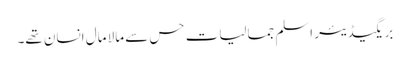
بریگیڈیئر اسلم جمالیات حس سے مالا مال انسان تھے۔